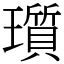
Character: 瓆